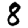
Digit: 8